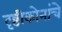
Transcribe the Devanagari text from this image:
दृष्टीकोनांचे